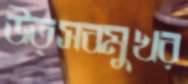
উত্সবমুখর